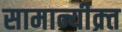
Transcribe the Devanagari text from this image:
सामान्यीक्र्त